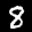
Label: 8